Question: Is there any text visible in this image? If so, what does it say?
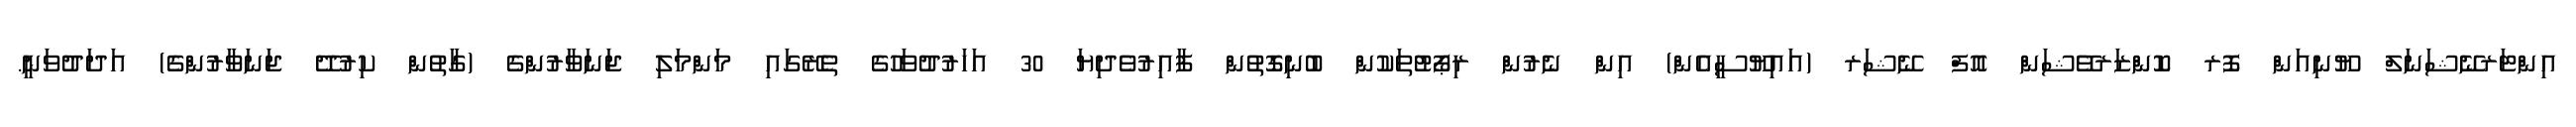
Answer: އިންޓަރނޭޝަނަލް ޔޫނިއަން ފޮރ ކޮންޒަރވޭޝަން އޮފް ނޭޝަރ (އައިޔޫސީއެން) އިން ނެރުން ރިޕޯޓުތަކުން ބުނިގޮތުން ފާއިރުވެދިޔަ 30 އަހަރުދުވަހުގެ ތެރޭގައި މަންމަލި ޖަނަވާރުންގެ (ގާތުން ކިރުދޭ ޖަނަވާރުންގެ) އަދަދުވަނީ.